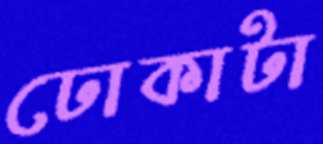
ঢোকাটা